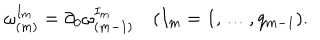
LaTeX: \omega _ { ( m ) } ^ { I _ { m } } = \partial _ { 0 } \omega _ { ( m - 1 ) } ^ { I _ { m } } \quad ( I _ { m } = 1 , \ldots , q _ { m - 1 } ) .